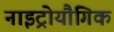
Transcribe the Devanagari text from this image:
नाइट्रोयौगिक